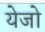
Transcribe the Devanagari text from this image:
येजो